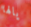
يالها